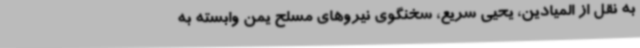
به نقل از المیادین، یحیی سریع، سخنگوی نیروهای مسلح یمن وابسته به